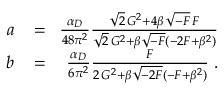
\begin{array} { r l r } { a \! } & { { } = } & { \! \frac { \alpha _ { D } } { 4 8 \pi ^ { 2 } } \frac { \sqrt { 2 } \, { \cal G } ^ { 2 } + 4 \beta \, \sqrt { - { \cal F } } \, { \cal F } } { \sqrt { 2 } \, { \cal G } ^ { 2 } + \beta \sqrt { - { \cal F } } ( - 2 { \cal F } + \beta ^ { 2 } ) } } \\ { b \! } & { { } = } & { \! \frac { \alpha _ { D } } { 6 \pi ^ { 2 } } \frac { { \cal F } } { 2 \, { \cal G } ^ { 2 } + \beta \sqrt { - 2 { \cal F } } ( - { \cal F } + \beta ^ { 2 } ) } \; . } \end{array}